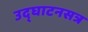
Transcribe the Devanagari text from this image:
उद्‍घाटनसत्र